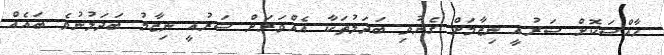
ހާއްސަކޮށް ޝަރުއީ ނިޒާމަށް ގެނުވި ބަދަލުތަކާ އެއްވަރަށް ޝަރުއީ ނިޒާމު ބަދަލުނުވެ ބައެއް